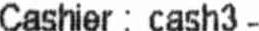
CASHIER : CASH3 -